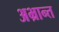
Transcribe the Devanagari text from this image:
अभ्रान्त